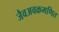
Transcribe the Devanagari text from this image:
जैवअवक्रमणित